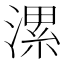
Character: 漯